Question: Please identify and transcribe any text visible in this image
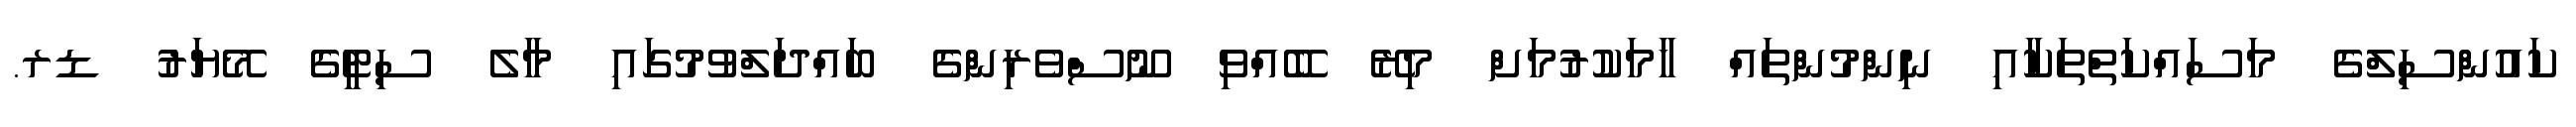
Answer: ކައުންސިލްގެ މަސައްކަތްތަކާއި ނިންމުންތައް ހާމަކުރުމަށް މިރޭ ބޭއްވި ނޫސްވެރިންގެ ބައްދަލްވުމުގައި މާލެ ސިޓީގެ މޭޔަރު ޑރ.